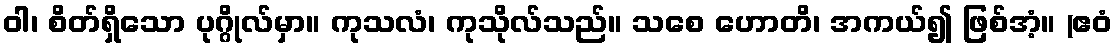
ဝါ၊ စိတ်ရှိသော ပုဂ္ဂိုလ်မှာ။ ကုသလံ၊ ကုသိုလ်သည်။ သစေ ဟောတိ၊ အကယ်၍ ဖြစ်အံ့။ (ဧဝံ